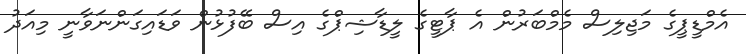
އެމްޑީޕީގެ މަޖިލިސް މެމްބަރުން އެ ޕާޓީގެ ލީޑާޝިޕްގެ އިސް ބޭފުޅުން ވަޑައިގަންނަވާނީ މިއަދު